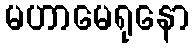
မဟာမေရုနော